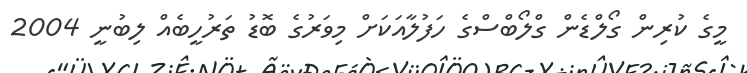
މީގެ ކުރިން ގޯލްޑެން ގްލޯބްސްގެ ހަފުލާއަކަށް މިވަރުގެ ބޮޑު ތަރުހީބެއް ލިބުނީ 2004